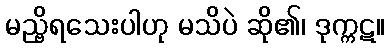
မည္ဗိရသေးပါဟု မသိပဲ ဆို၏၊ ဒုက္ကဋ။